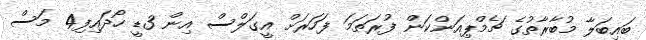
ބައިބަލާ މުބާރާތުގެ ޗެމްޕިއަންކަން ފުރަތަމަ ފަހަރަށް އީގަލްސް އިން 3ޑީ ހޯދައިފި4 މަސް